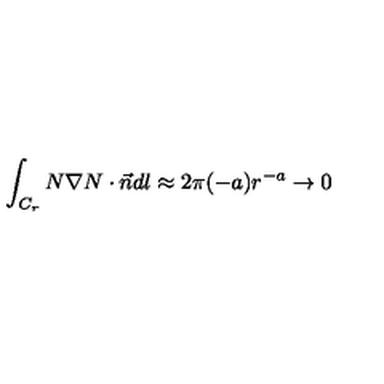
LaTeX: \int _ { C _ { r } } N \nabla N \cdot \vec { n } d l \approx 2 \pi ( - a ) r ^ { - a } \rightarrow 0